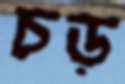
চড়